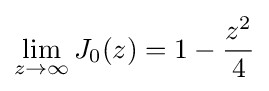
\lim _{z\to \infty }J_{0}(z)=1-{\frac {z^{2}}{4}}